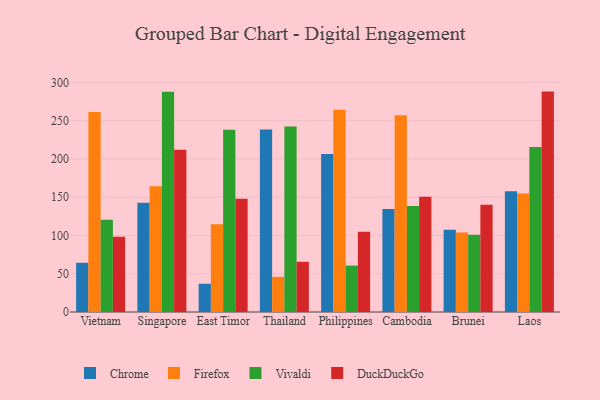
{"axis": {"x": "Country", "y": "Website Visitors"}, "legend": ["Chrome", "DuckDuckGo", "Firefox", "Vivaldi"], "data": [{"x": "Vietnam", "y": 64.3, "type": "Chrome"}, {"x": "Vietnam", "y": 261.3, "type": "Firefox"}, {"x": "Vietnam", "y": 120.6, "type": "Vivaldi"}, {"x": "Vietnam", "y": 98.2, "type": "DuckDuckGo"}, {"x": "Singapore", "y": 142.8, "type": "Chrome"}, {"x": "Singapore", "y": 164.3, "type": "Firefox"}, {"x": "Singapore", "y": 287.7, "type": "Vivaldi"}, {"x": "Singapore", "y": 211.8, "type": "DuckDuckGo"}, {"x": "East Timor", "y": 36.9, "type": "Chrome"}, {"x": "East Timor", "y": 114.7, "type": "Firefox"}, {"x": "East Timor", "y": 238.1, "type": "Vivaldi"}, {"x": "East Timor", "y": 148.0, "type": "DuckDuckGo"}, {"x": "Thailand", "y": 238.5, "type": "Chrome"}, {"x": "Thailand", "y": 45.9, "type": "Firefox"}, {"x": "Thailand", "y": 242.4, "type": "Vivaldi"}, {"x": "Thailand", "y": 65.6, "type": "DuckDuckGo"}, {"x": "Philippines", "y": 206.3, "type": "Chrome"}, {"x": "Philippines", "y": 264.2, "type": "Firefox"}, {"x": "Philippines", "y": 60.7, "type": "Vivaldi"}, {"x": "Philippines", "y": 104.8, "type": "DuckDuckGo"}, {"x": "Cambodia", "y": 134.7, "type": "Chrome"}, {"x": "Cambodia", "y": 257.1, "type": "Firefox"}, {"x": "Cambodia", "y": 138.5, "type": "Vivaldi"}, {"x": "Cambodia", "y": 150.5, "type": "DuckDuckGo"}, {"x": "Brunei", "y": 107.3, "type": "Chrome"}, {"x": "Brunei", "y": 104.0, "type": "Firefox"}, {"x": "Brunei", "y": 101.0, "type": "Vivaldi"}, {"x": "Brunei", "y": 140.1, "type": "DuckDuckGo"}, {"x": "Laos", "y": 157.6, "type": "Chrome"}, {"x": "Laos", "y": 154.7, "type": "Firefox"}, {"x": "Laos", "y": 215.4, "type": "Vivaldi"}, {"x": "Laos", "y": 287.9, "type": "DuckDuckGo"}]}